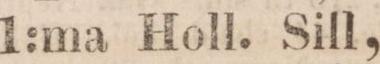
1:ma Holl. Sill,